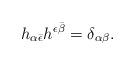
LaTeX: \begin{align*}h_{\alpha\bar{\epsilon}}h^{\epsilon \bar{\beta}}=\delta_{\alpha\beta}.\end{align*}